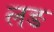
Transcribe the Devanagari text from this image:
लङ